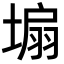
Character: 𪤆